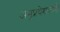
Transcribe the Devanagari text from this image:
अनुप्रवेशकारी